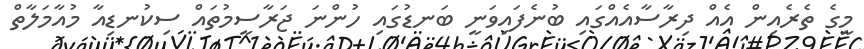
މީގެ ތެރެއިން އެއް ދިރާސާއެއްގައި ބުނެފައިވަނީ ބަނޑުގައި ހުންނަ ޖަރާސީމުތައް ސިކުނޑިއާ މުއާމަލާތް